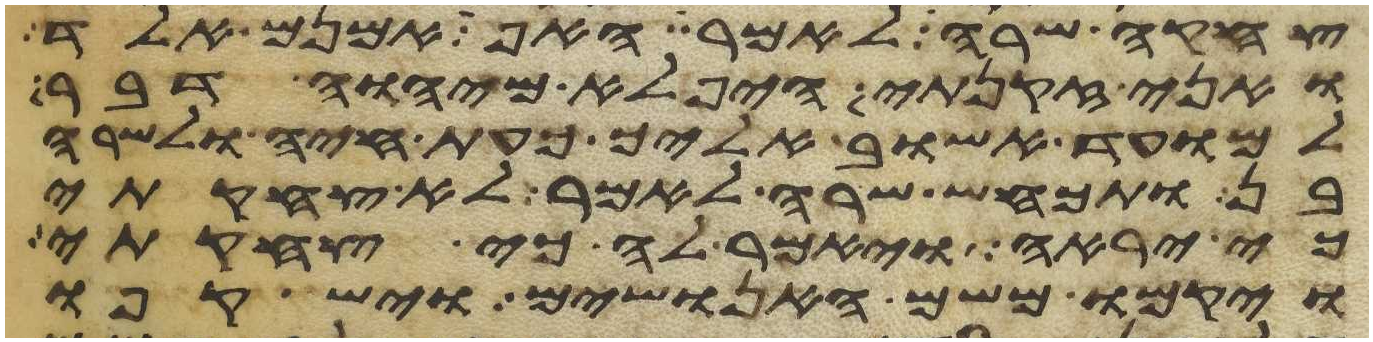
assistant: צחקה שרה לאמר האף אמנם אלד
ואני זקנתי היפלא מיהוה דבר
למועד אשוב אליך כעת חיה ולשרה
בן ותכחש שרה לאמר לא צחקתי
כי יראה ויאמר לה כי צחקת
ויקמו משם האנושים וישקפו